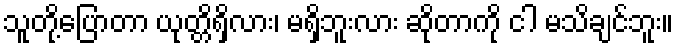
သူတို့ပြောတာ ယုတ္တိရှိလား၊ မရှိဘူးလား ဆိုတာကို ငါ မသိချင်ဘူး။